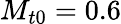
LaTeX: {{M}_{t0}}=0.6